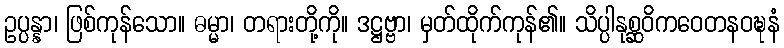
ဥပ္ပန္နာ၊ ဖြစ်ကုန်သော။ ဓမ္မာ၊ တရားတို့ကို။ ဒဋ္ဌဗ္ဗာ၊ မှတ်ထိုက်ကုန်၏။ သိပ္ပါနုစ္ဆဝိကဝေတနဝဍ္ဎနံ